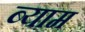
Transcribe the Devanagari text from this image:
ब्याम